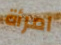
امرأة